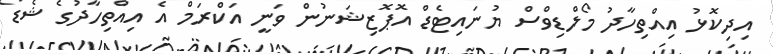
އިދިކޮޅު އިއްތިހާދު މޯލްޑިވްސް ޔުނައިޓެޑް އޮޕޮޒިޝަނުން ވަނީ އަކްރަމް އެ އިއްތިހާދުގެ ޝެޑޯ